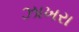
ઝાખરા